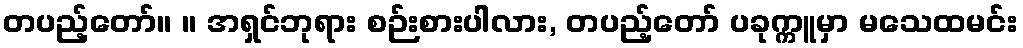
တပည့်တော်။ ။ အရှင်ဘုရား စဉ်းစားပါလား, တပည့်တော် ပခုက္ကူမှာ မသေထမင်း